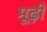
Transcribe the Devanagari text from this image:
मूढ़ी